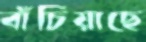
বাঁচিয়াছে